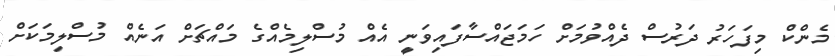
މެންކް މިފަހަރު ދަރުސް ދެއްވުމަށް ހަމަޖައްސާފައިވަނީ އެއް މުސްލިމެއްގެ މައްޗަށް އަނެއް މުސްލިމަކަށް